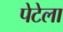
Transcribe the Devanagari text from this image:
पेटेला